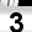
Digit: 3